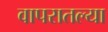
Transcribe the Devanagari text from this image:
वापरातल्या